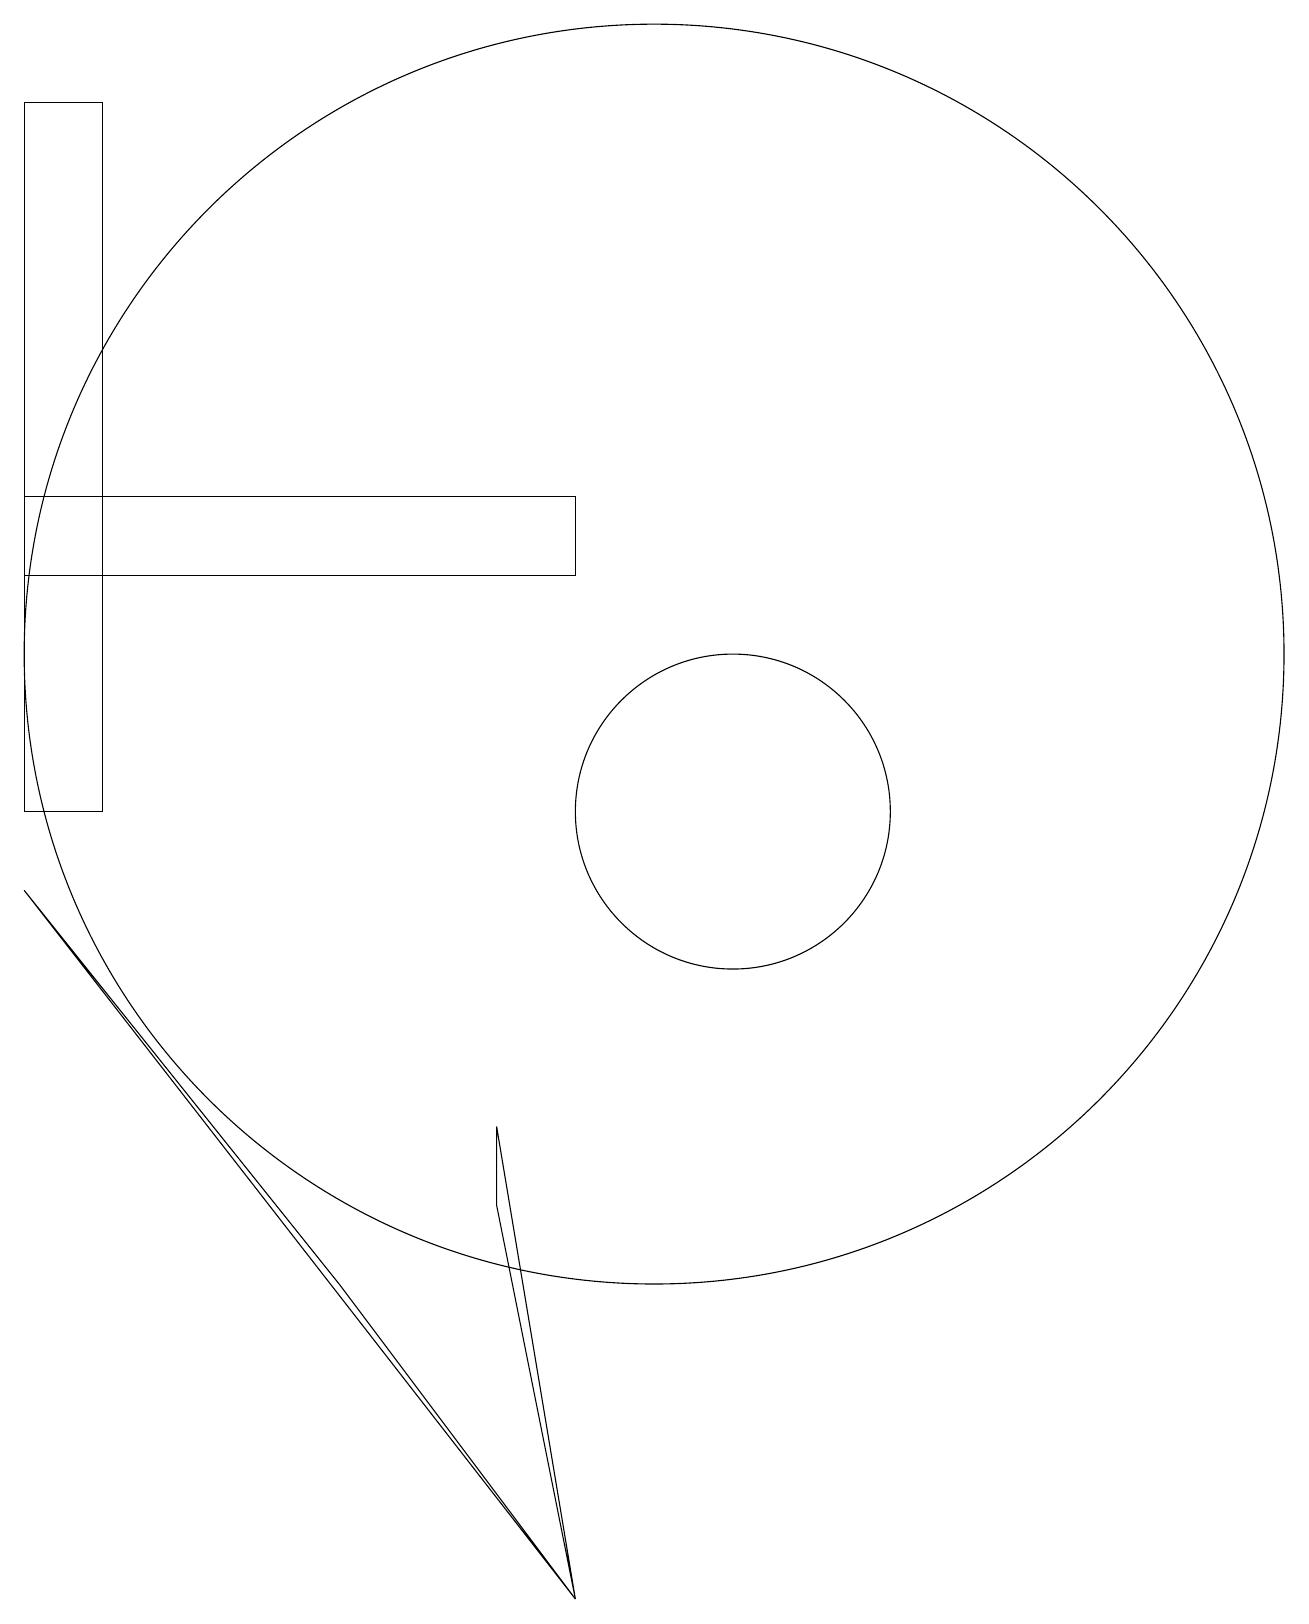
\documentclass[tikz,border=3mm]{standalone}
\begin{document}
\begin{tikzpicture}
\draw (11,10) circle (2);
\draw (2,10) rectangle (3,19);
\draw (9,14) rectangle (2,13);
\draw (2,9) -- (9,0) -- (6,4) -- cycle;
\draw (10,12) circle (8);
\draw (8,6) -- (8,5) -- (9,0) -- cycle;
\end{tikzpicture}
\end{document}